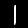
Label: 1